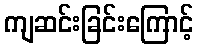
ကျဆင်းခြင်းကြောင့်